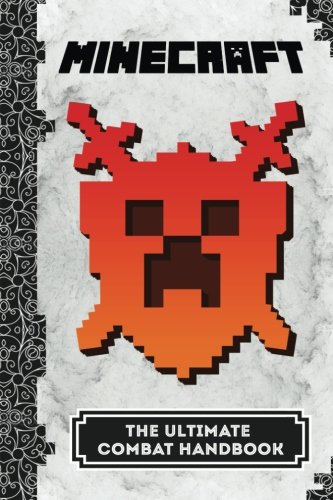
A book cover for Minecraft: The Ultimate Combat Handbook: (Minecraft Comics, Minecraft Books) (The Unofficial Minecraft Secrets Series) (Volume 2); Kwick Reeds; Humor & Entertainment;